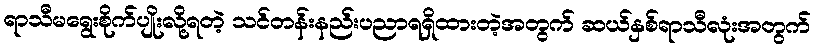
ရာသီမရွေးစိုက်ပျိုးလို့ရတဲ့ သင်တန်းနည်းပညာရရှိထားတဲ့အတွက် ဆယ်နှစ်ရာသီလုံးအတွက်